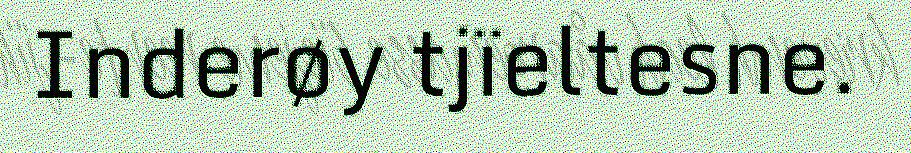
Inderøy tjïeltesne.